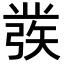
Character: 彂